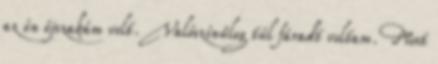
az én éjszakám volt. Valószínűleg túl fáradt voltam. Most